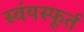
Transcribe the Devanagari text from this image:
स्वंयस्फूर्त